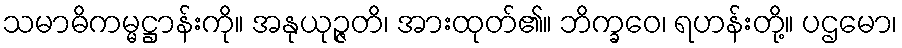
သမာဓိကမ္မဋ္ဌာန်းကို။ အနုယုဉ္ဇတိ၊ အားထုတ်၏။ ဘိက္ခဝေ၊ ရဟန်းတို့။ ပဌမော၊